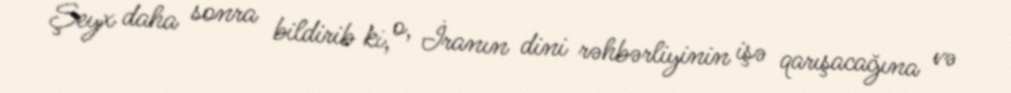
Şeyx daha sonra bildirib ki, o, İranın dini rəhbərliyinin işə qarışacağına və